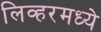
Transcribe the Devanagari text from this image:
लिव्हरमध्ये